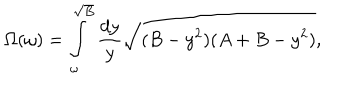
LaTeX: \Omega ( \omega ) = \int _ { \omega } ^ { \sqrt { B } } { \frac { d y } { y } } \sqrt { ( B - y ^ { 2 } ) ( A + B - y ^ { 2 } ) } ,